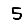
Digit: 5